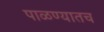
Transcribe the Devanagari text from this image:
पाळण्यातच